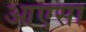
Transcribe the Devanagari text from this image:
आएसा